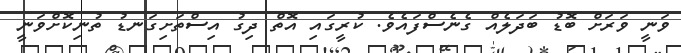
ވަނީ ވަރަށް ބޮޑު ބަދަލެއް ގެނެސްފައެވެ. ކުރީގައި އޮތް ދިގު އިސްތަށިގަނޑު ތުނިކޮށްވަނީ